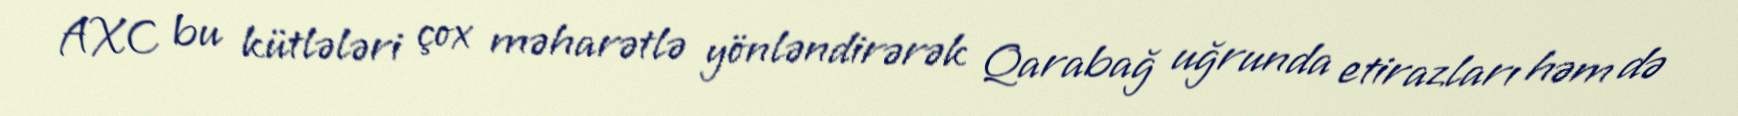
AXC bu kütlələri çox məharətlə yönləndirərək Qarabağ uğrunda etirazları həm də